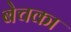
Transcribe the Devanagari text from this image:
बेचका